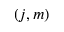
( j , m )